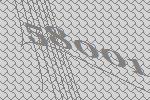
58001